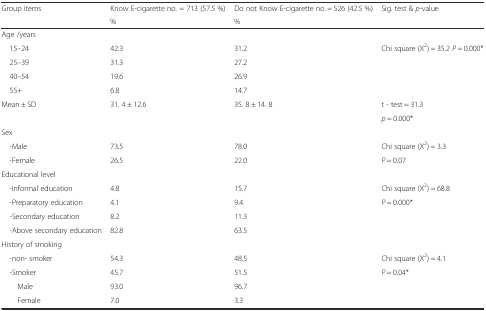
| <ROWSPAN=2> Group items | Know E-cigarette no. = 713 (57.5 %) | Do not Know E-cigarette no. = 526 (42.5 %) | <ROWSPAN=2> Sig. test & p-value |
 | % | % |
 | --- | --- | --- | --- |
 | <COLSPAN=4> Age /years |
 | 15–24 | 42.3 | 31.2 | <ROWSPAN=4> Chi square (X2) = 35.2 P = 0.000* |
 | 25–39 | 31.3 | 27.2 |
 | 40–54 | 19.6 | 26.9 |
 | 55+ | 6.8 | 14.7 |
 | <ROWSPAN=2> Mean ± SD | <ROWSPAN=2> 31. 4 ± 12.6 | <ROWSPAN=2> 35. 8 ± 14. 8 | t - test = 31.3 |
 | p = 0.000* |
 | <COLSPAN=4> Sex |
 | -Male | 73.5 | 78.0 | Chi square (X2) = 3.3 |
 | -Female | 26.5 | 22.0 | P = 0.07 |
 | <COLSPAN=4> Educational level |
 | -Informal education | 4.8 | 15.7 | Chi square (X2) = 68.8 |
 | -Preparatory education | 4.1 | 9.4 | <ROWSPAN=3> P = 0.000* |
 | -Secondary education | 8.2 | 11.3 |
 | -Above secondary education | 82.8 | 63.5 |
 | <COLSPAN=4> History of smoking |
 | -non- smoker | 54.3 | 48.5 | Chi square (X2) = 4.1 |
 | -Smoker | 45.7 | 51.5 | <ROWSPAN=3> P = 0.04* |
 | Male | 93.0 | 96.7 |
 | Female | 7.0 | 3.3 |